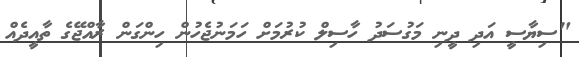
"ސިޔާސީ އަދި ދީނި މަގުސަދު ހާސިލް ކުރުމަށް ހަމަނުޖެހުން ހިންގަން ރާއްޖޭގެ ތާއީދެއް